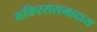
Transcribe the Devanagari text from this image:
भक्तिरससम्प्रदाय